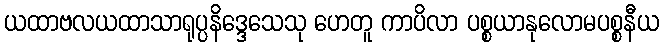
ယထာဗလယထာသာရုပ္ပနိဒ္ဒေသေသု ဟေတူ ကာပိလာ ပစ္စယာနုလောမပစ္စနီယ